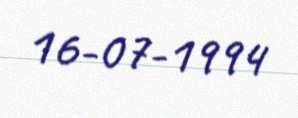
16-07-1994